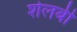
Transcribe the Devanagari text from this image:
शेलबी